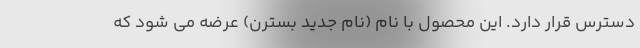
دسترس قرار دارد. این محصول با نام (نام جدید بسترن) عرضه می شود که